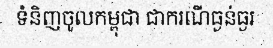
ទំនិញចូលកម្ពុជា ជាករណីធ្ងន់ធ្ងរ